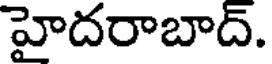
హైదరాబాద్.